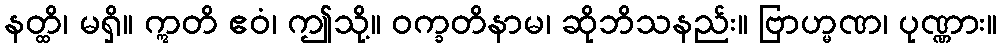
နတ္ထိ၊ မရှိ။ ဣတိ ဧဝံ၊ ဤသို့။ ဝက္ခတိနာမ၊ ဆိုဘိသနည်း။ ဗြာဟ္မဏ၊ ပုဏ္ဏား။